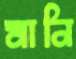
মানি